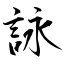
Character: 詠